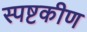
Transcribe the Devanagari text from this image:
स्पष्टकीण